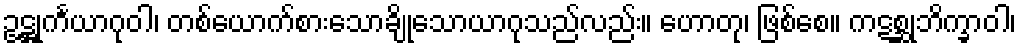
ဥဋ္ဌုင်္ကယာဂုဝါ၊ တစ်ယောက်စားသောချိုသောယာဂုသည်လည်း။ ဟောတု၊ ဖြစ်စေ။ ကဋစ္ဆုဘိက္ခာဝါ၊